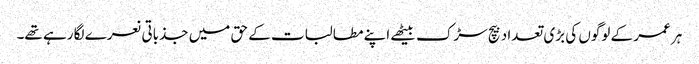
ہر عمر کے لوگوں کی بڑی تعداد بیچ سڑک بیٹھے اپنے مطالبات کے حق میں جذباتی نعرے لگا رہے تھے۔